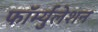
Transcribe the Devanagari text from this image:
फॉर्म्युलेशन